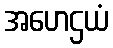
အဟေဌယံ